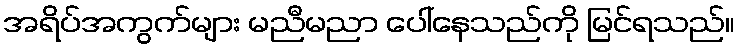
အရိပ်အကွက်များ မညီမညာ ပေါ်နေသည်ကို မြင်ရသည်။